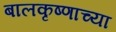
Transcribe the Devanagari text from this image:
बालकृष्णाच्या